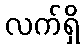
လက်ရှိ